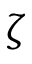
\boldsymbol \zeta